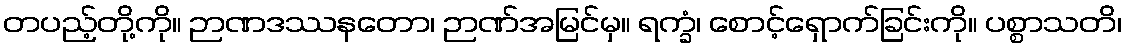
တပည့်တို့ကို။ ဉာဏဒဿနတော၊ ဉာဏ်အမြင်မှ။ ရက္ခံ၊ စောင့်ရှောက်ခြင်းကို။ ပစ္စာသတိ၊